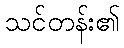
သင်တန်း၏